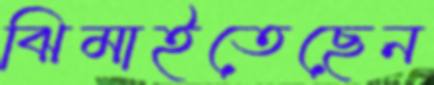
ঝিমাইতেছেন